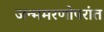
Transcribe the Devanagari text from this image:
जन्ममरणोपरांत